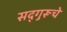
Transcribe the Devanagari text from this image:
सद्‌गुरूचे